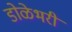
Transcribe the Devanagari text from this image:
डोळेभरी